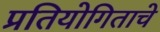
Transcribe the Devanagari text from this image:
प्रतियोगिताचे